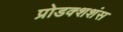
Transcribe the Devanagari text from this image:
प्रोडक्शशंस